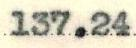
137.24